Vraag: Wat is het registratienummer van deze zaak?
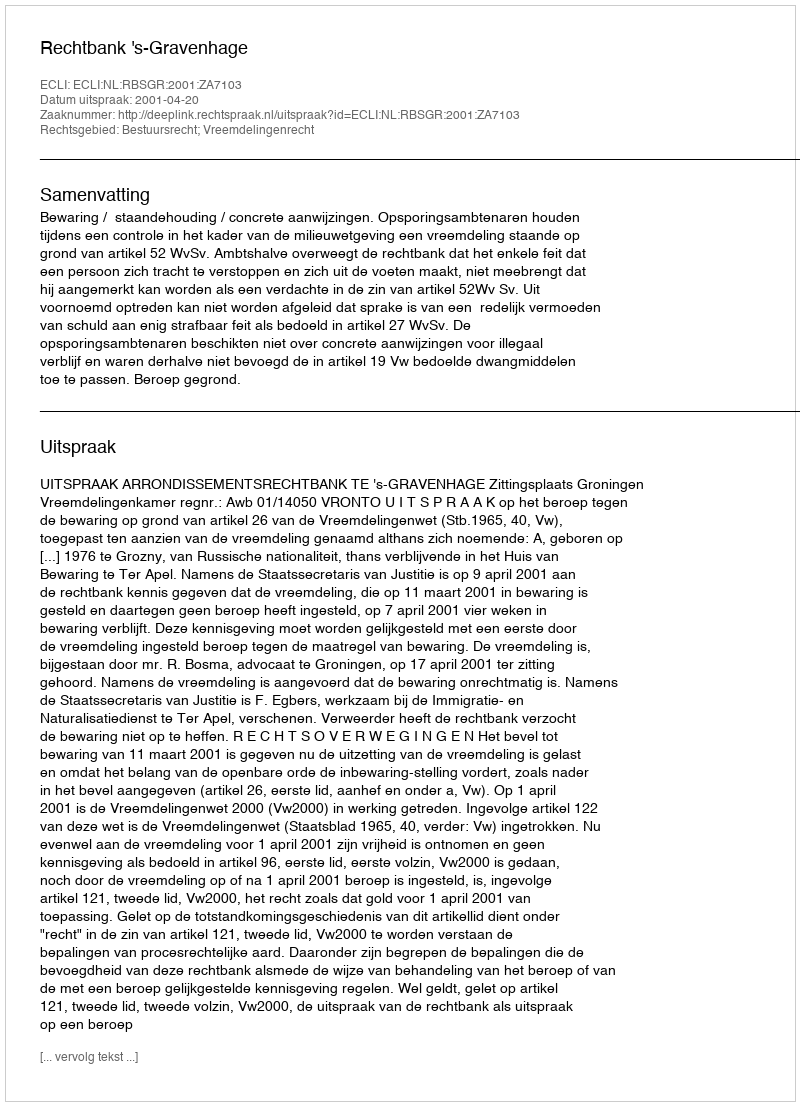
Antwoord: http://deeplink.rechtspraak.nl/uitspraak?id=ECLI:NL:RBSGR:2001:ZA7103